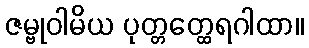
ဇမ္ဗုဝါမိယ ပုတ္တတ္ထေရဂါထာ။